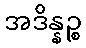
အဒိန္နဉ္စ